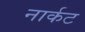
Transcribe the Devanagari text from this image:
नार्कट